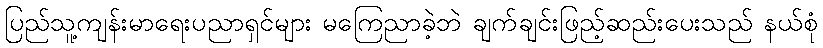
ပြည်သူ့ကျန်းမာရေးပညာရှင်များ မကြေညာခဲ့ဘဲ ချက်ချင်းဖြည့်ဆည်းပေးသည် နယ်စုံ